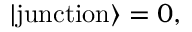
| \mathrm { j u n c t i o n } \rangle = 0 ,